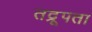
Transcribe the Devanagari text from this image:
तद्रूपता